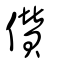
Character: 儹